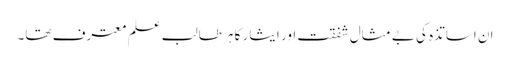
ان اساتذہ کی بے مثال شفقت اور ایثار کا ہر طالب علم معترف تھا۔